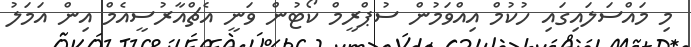
މި މައްސަލައިގައި ހުކުމް އިއްވަމުން ސުޕްރީމް ކޯޓުން ވަނީ އެޗްއާރުސީއެމް އިން އަމަލު